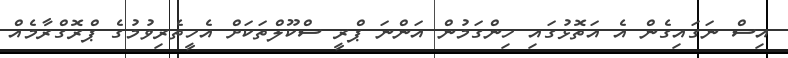
އިސް ނަގައިގެން އެ އަތޮޅުގައި ހިންގަމުން އަންނަ ޕްރީ ސްކޫލްތަކަށް އެހީތެރިވުމުގެ ޕްރޮގްރާމެއް